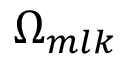
\Omega _ { m l k }